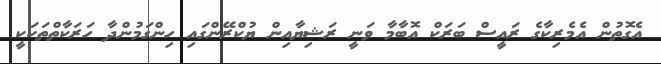
އެގޮތުން އެމެރިކާގެ ރައީސް ބަރަކް އޮބާމާ ވަނީ ރަޝިޔާއިން ޔުކްރޭންގައި ހިންގަމުންދާ ހަރަކާތްތަކަކީ